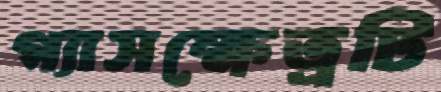
গ্যাসক্ষেত্রটি